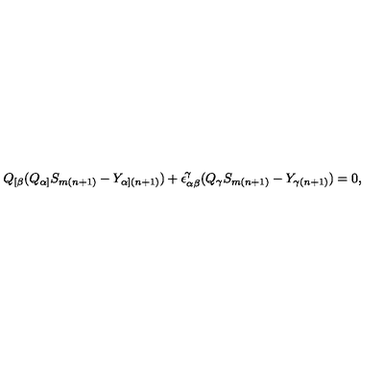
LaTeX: Q _ { [ \beta } ( Q _ { \alpha ] } S _ { m ( n + 1 ) } - Y _ { \alpha ] ( n + 1 ) } ) + \epsilon _ { \alpha \beta } ^ { \! \gamma } ( Q _ { \gamma } S _ { m ( n + 1 ) } - Y _ { \gamma ( n + 1 ) } ) = 0 ,